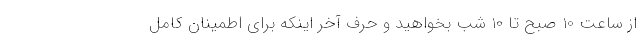
از ساعت 10 صبح تا 10 شب بخواهید و حرف آخر اینکه برای اطمینان کامل